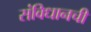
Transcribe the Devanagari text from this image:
संविधानची